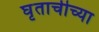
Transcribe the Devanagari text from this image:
घृताचीच्या